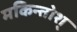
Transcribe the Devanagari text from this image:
मकिन्तोश्